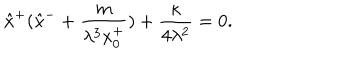
LaTeX: \hat { x } ^ { + } ( \hat { x } ^ { - } + \frac { m } { \lambda ^ { 3 } x _ { 0 } ^ { + } } ) + \frac { \kappa } { 4 \lambda ^ { 2 } } = 0 .